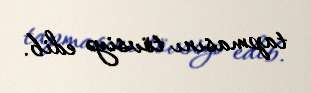
tapmasını tövsiyə edib.